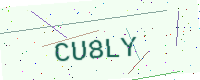
Text: CU8LY